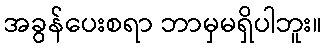
အခွန်ပေးစရာ ဘာမှမရှိပါဘူး။